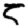
Digit: 5